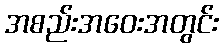
အစည်းအဝေးအတွင်း